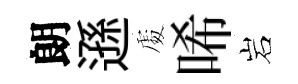
朗遜𠁅唏岩